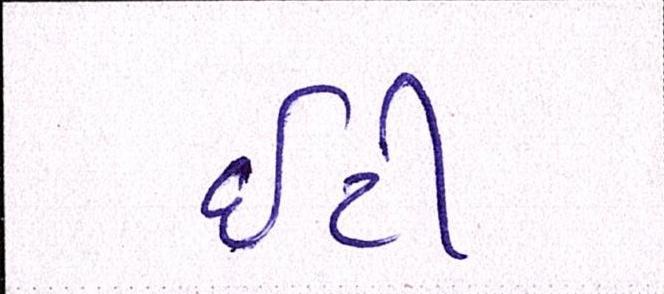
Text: ઇટી